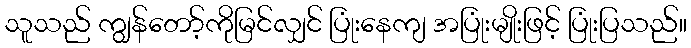
သူသည် ကျွန်တော့်ကိုမြင်လျှင် ပြုံးနေကျ အပြုံးမျိုးဖြင့် ပြုံးပြသည်။